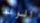
الوعد